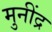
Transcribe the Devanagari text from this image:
मुनींद्र